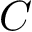
C